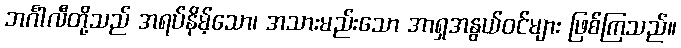
ဘင်္ဂါလီတို့သည် အရပ်နိမ့်သော၊ အသားမည်းသော အာရှအနွယ်ဝင်များ ဖြစ်ကြသည်။